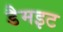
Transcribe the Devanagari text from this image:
डैमइट